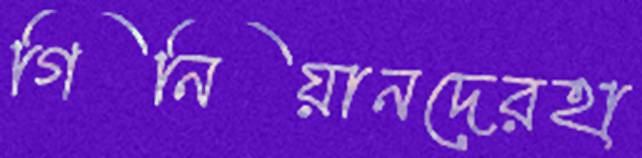
গিনিয়ানদেরহা